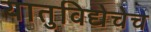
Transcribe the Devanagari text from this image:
यातुविद्येचेच